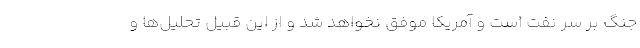
جنگ بر سر نفت است و آمریکا موفق نخواهد شد و از این قبیل تحلیل‌ها و